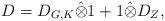
LaTeX: \begin{align*}D = D_{G,K} \hat{\otimes} 1 + 1\hat{\otimes} D_{Z}, \end{align*}